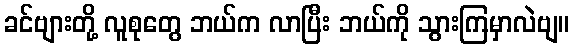
ခင်ဗျားတို့ လူစုတွေ ဘယ်က လာပြီး ဘယ်ကို သွားကြမှာလဲဗျ။